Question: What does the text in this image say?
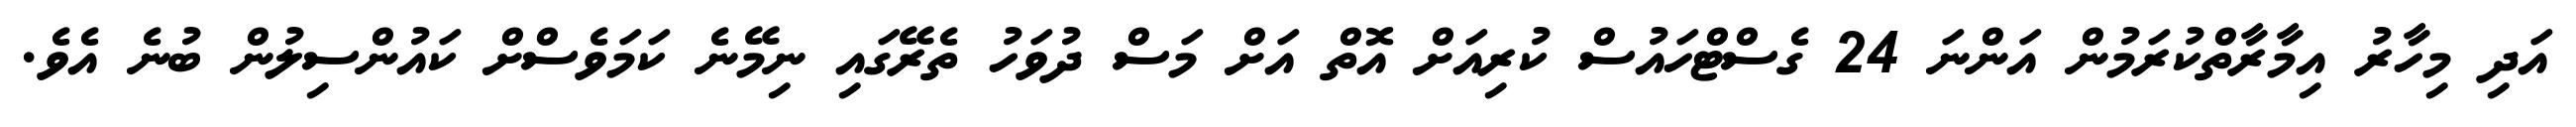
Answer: އަދި މިހާރު އިމާރާތްކުރަމުން އަންނަ 24 ގެސްޓްހައުސް ކުރިއަށް އޮތް އަށް މަސް ދުވަހު ތެރޭގައި ނިމޭނެ ކަމަވެސްށް ކައުންސިލުން ބުނެ އެވެ.